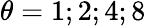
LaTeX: \theta=1;2;4;8